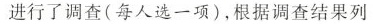
进行了调查(每人选一项)，根据调查结果列